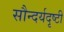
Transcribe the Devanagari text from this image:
सौन्दर्यदृष्टी